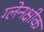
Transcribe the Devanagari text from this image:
ग्लेनक्षीक